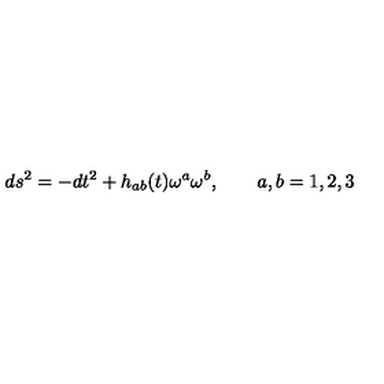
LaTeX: d s ^ { 2 } = - d t ^ { 2 } + h _ { a b } ( t ) \omega ^ { a } \omega ^ { b } , \qquad a , b = 1 , 2 , 3